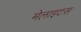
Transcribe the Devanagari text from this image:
मेलाइटस